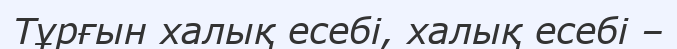
Тұрғын халық есебі, халық есебі –